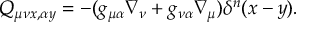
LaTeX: Q _ { \mu \nu x , \alpha y } = - ( g _ { \mu \alpha } \nabla _ { \nu } + g _ { \nu \alpha } \nabla _ { \mu } ) \delta ^ { n } ( x - y ) .